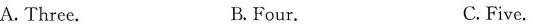
A.Three. B.Four. C. Five.